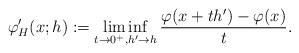
LaTeX: \begin{align*} \varphi_H^{\prime}(x;h):=\liminf_{t\rightarrow0^+, h'\rightarrow h}\frac{\varphi(x+th')-\varphi(x)}{t}.\end{align*}